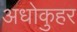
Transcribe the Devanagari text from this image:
अधोकुहर